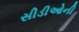
સીડીઓની